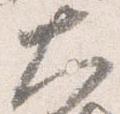
大